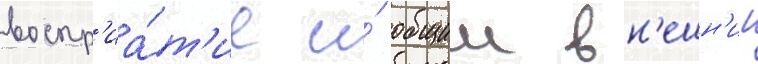
воспр'иа́т'ие и́ общии вн'ешн'ии